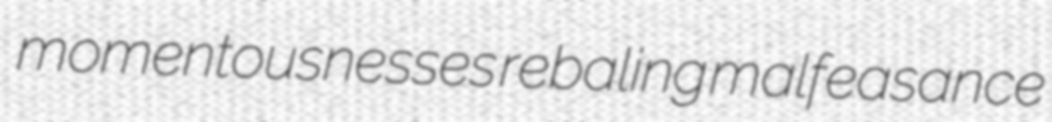
momentousnesses rebaling malfeasance